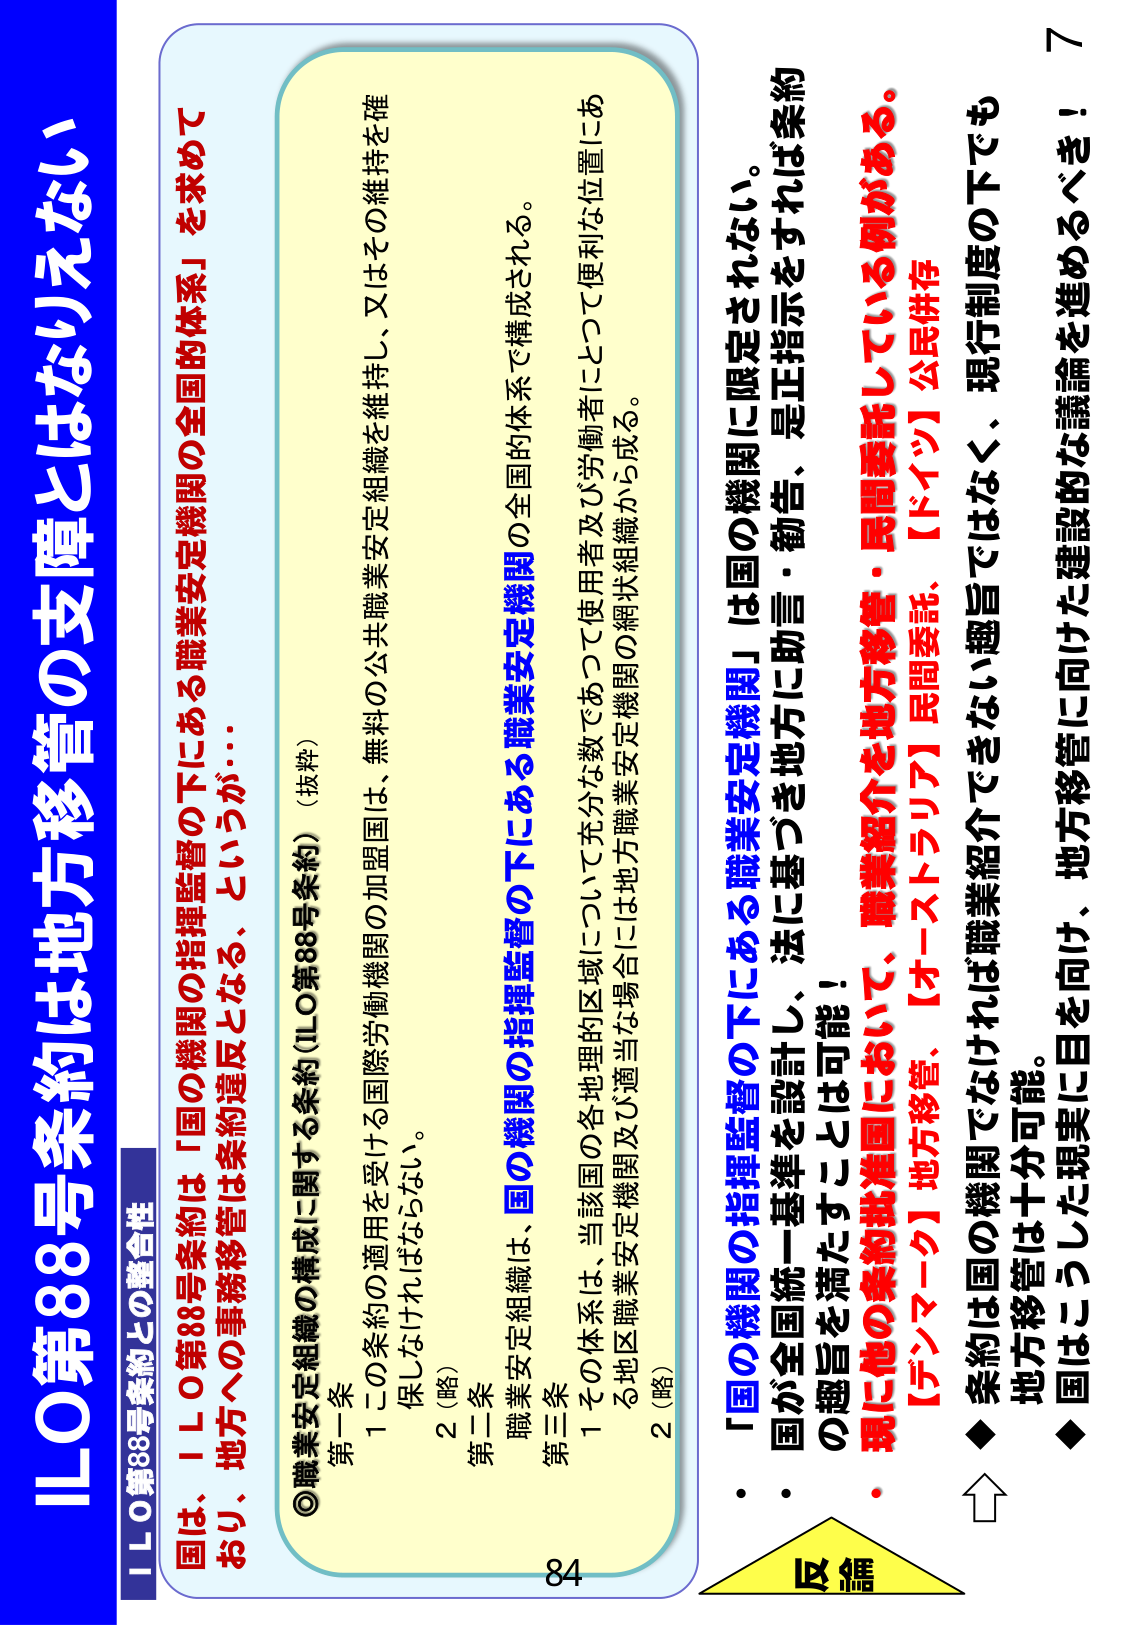
ILO第88号条約は地方移管の支障とはなりえない

ILO第88号条約との整合性

国は、ILO第88号条約は「国の機関の指揮監督の下にある職業安定機関の全国的体系」を求めており、地方への事務移管は条約違反となる、というが…

◎職業安定組織の構成に関する条約（ILO第88号条約）（抜粋）

第一条
1 この条約の適用を受ける国際労働機関の加盟国は、無料の公共職業安定組織を維持し、又はその維持を確保しなければならない。
2（略）

第二条
職業安定組織は、国の機関の指揮監督の下にある職業安定機関の全国的体系で構成される。

第三条
1 その体系は、当該国の各地理的区域について充分な数であって使用者及び労働者にとって便利な位置にある地区職業安定機関及び適当な場合には地方職業安定機関の網状組織から成る。
2（略）

・「国の機関の指揮監督の下にある職業安定機関」は国の機関に限定されない。
・国が全国統一基準を設計し、法に基づき地方に助言・勧告、是正指示をすれば条約の趣旨を満たすことは可能！
・現に他の条約批准国において、職業紹介を地方移管・民間委託している例がある。
【デンマーク】地方移管、【オーストラリア】民間委託、【ドイツ】公民併存

◆ 条約は国の機関でなければならない趣旨ではなく、現行制度の下でも地方移管は十分可能。
◆ 国はこうした現実に目を向け、地方移管に向けた建設的な議論を進めるべき！

反論

84

7